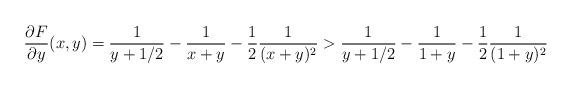
LaTeX: \begin{align*}\frac{\partial F}{\partial y}(x,y) = \frac{1}{y+1/2} - \frac{1}{x+y} - \frac{1}{2}\frac{1}{(x+y)^2} > \frac{1}{y+1/2} - \frac{1}{1+y} - \frac{1}{2}\frac{1}{(1+y)^2}\end{align*}